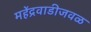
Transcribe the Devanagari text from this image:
महेंद्रवाडीजवळ